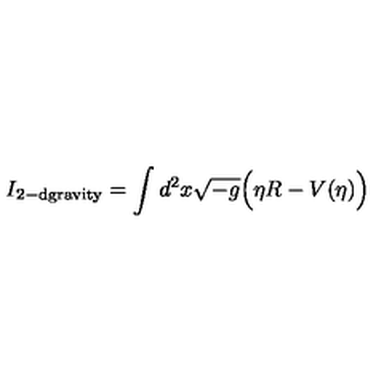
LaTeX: I _ { \mathrm { 2 - d g r a v i t y } } = \int d ^ { 2 } x \sqrt { - g } \Big ( \eta R - V ( \eta ) \Big )